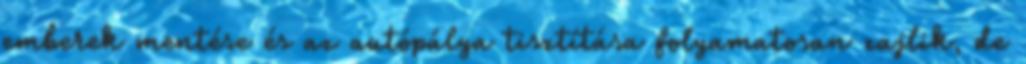
emberek mentése és az autópálya tisztítása folyamatosan zajlik, de